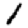
Digit: 1